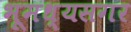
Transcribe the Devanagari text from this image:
भूमध्यसगर